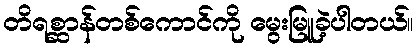
တိရစ္ဆာန်တစ်ကောင်ကို မွေးမြူခဲ့ပါတယ်။